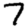
Digit: 7